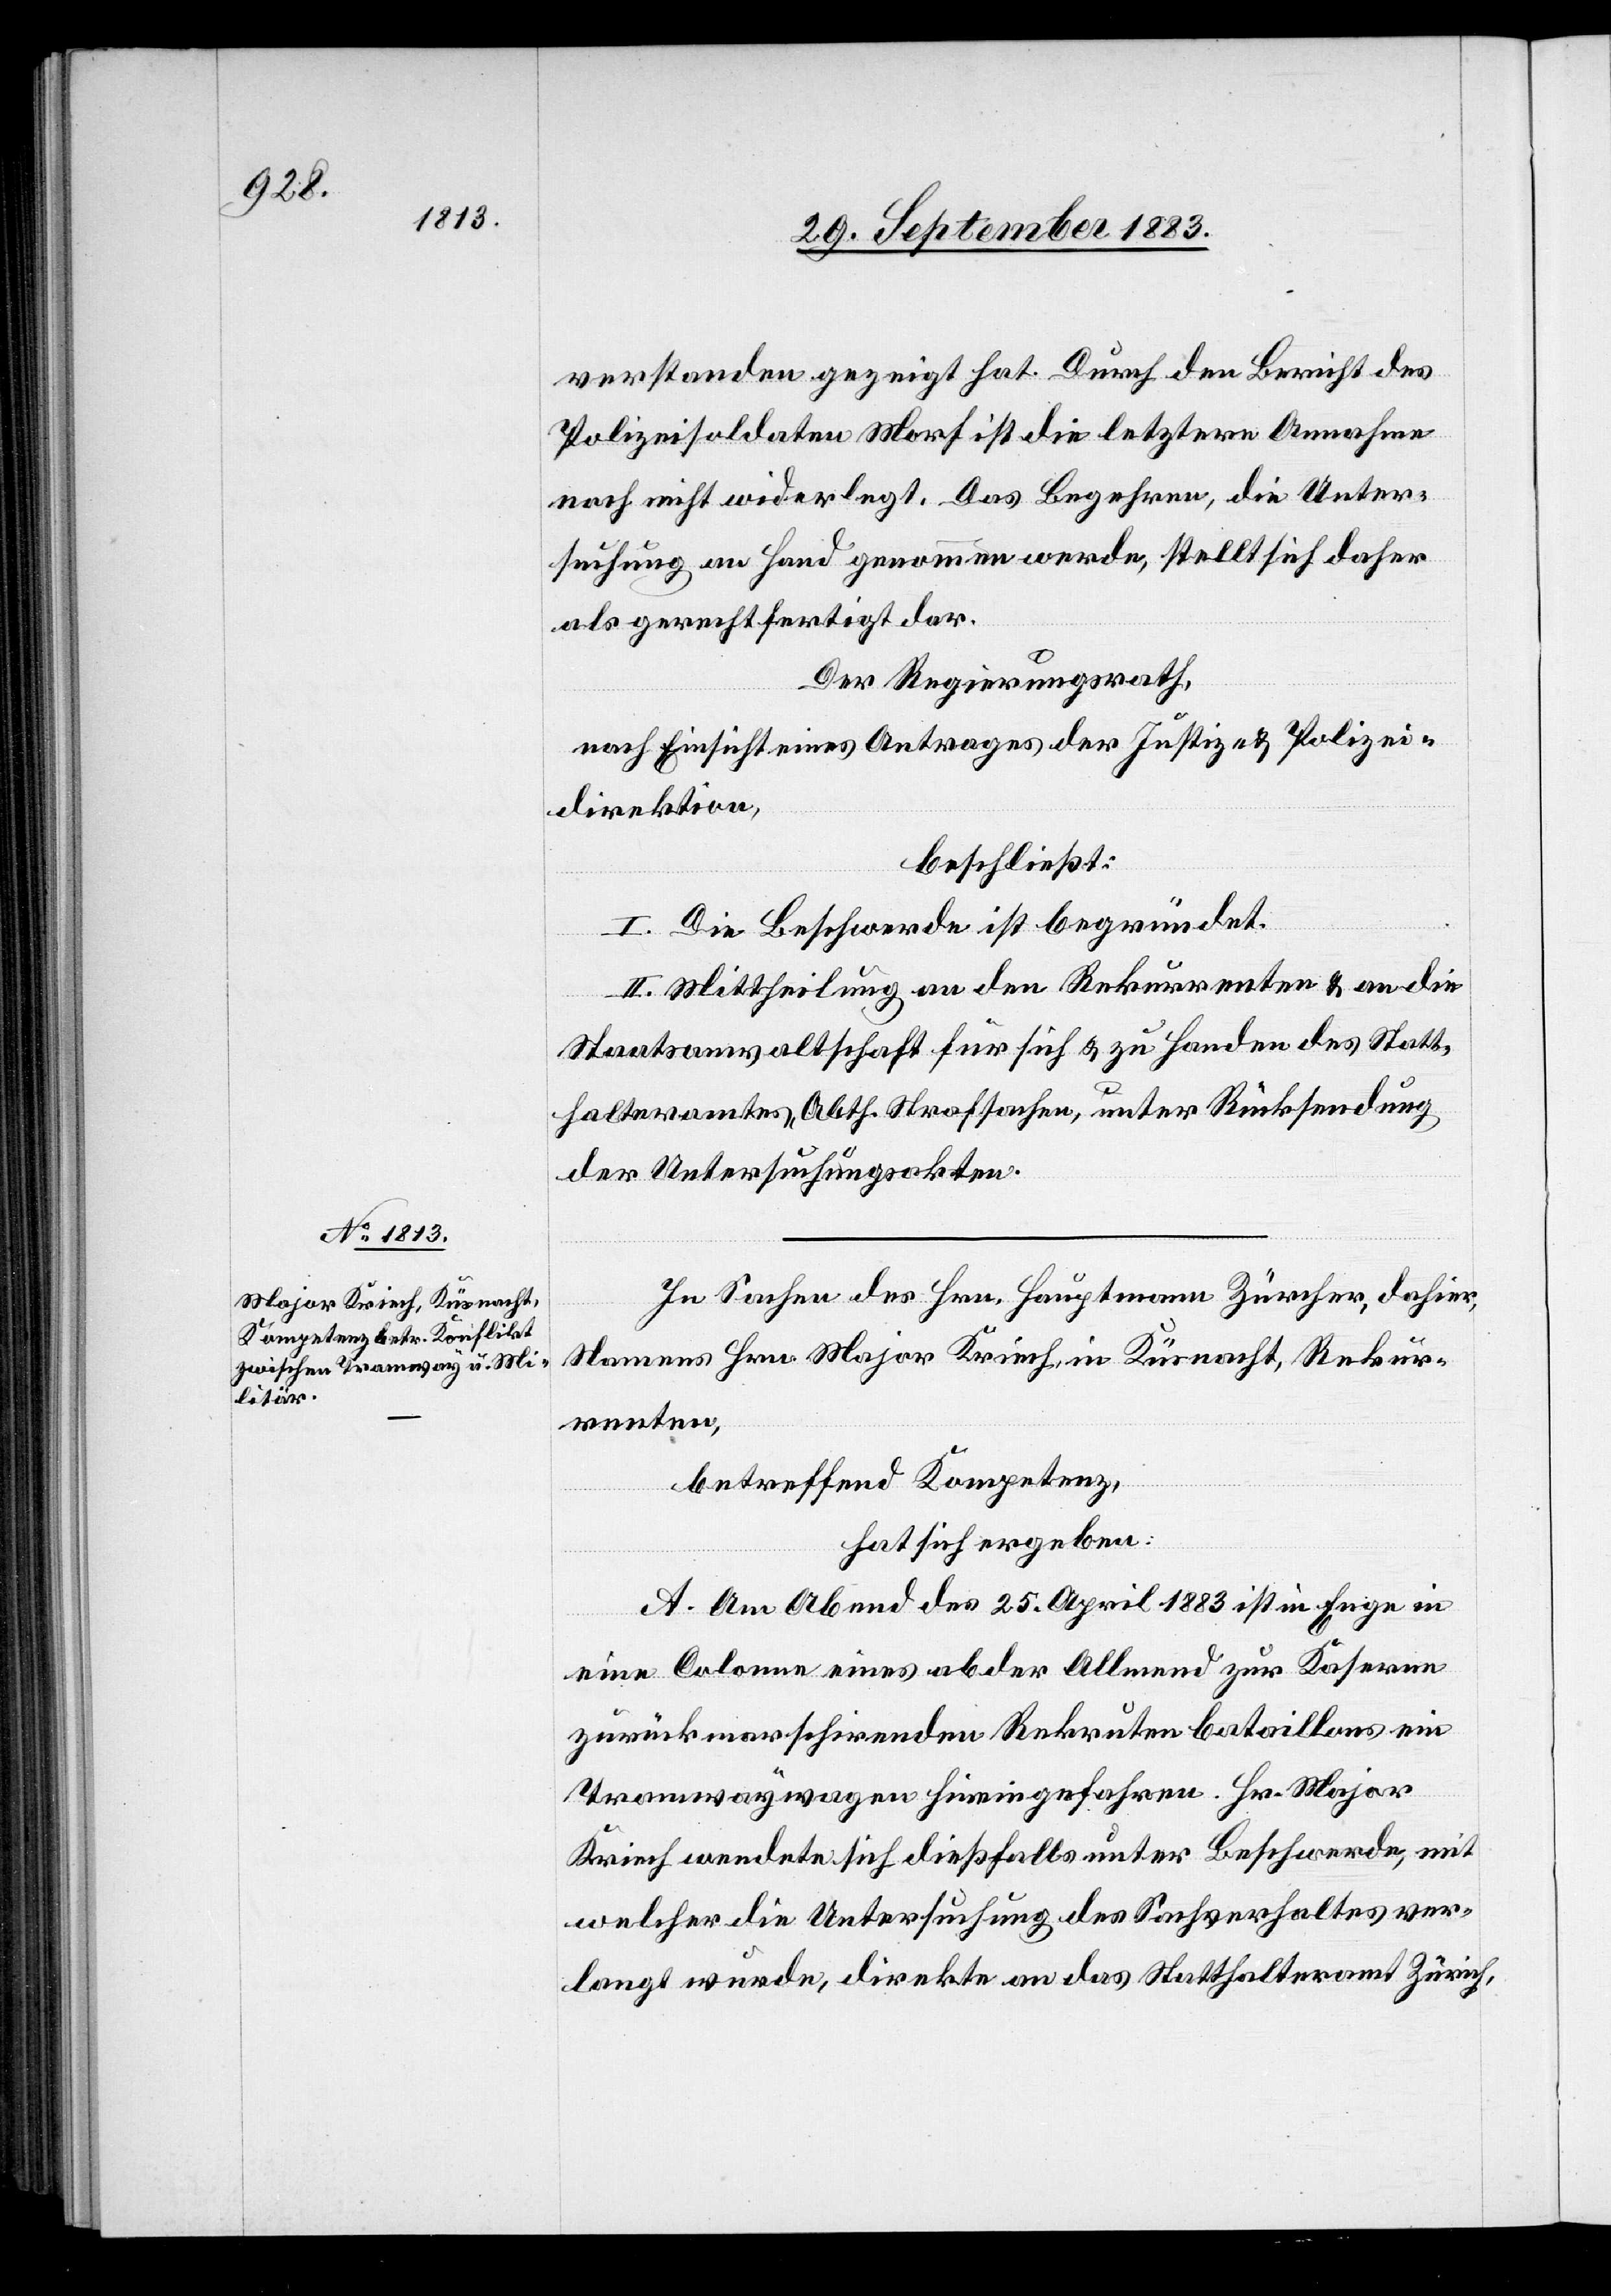
verstanden gezeigt hat. Durch den Bericht des
Polizeisoldaten Morf ist die letztere Annahme
noch nicht widerlegt. Das Begehren, [daß] die Unter¬
suchung an Hand genommen werde, stellt sich daher
als gerechtfertigt dar.
Der Regierungsrath,
nach Einsicht eines Antrages der Justiz- & Polizei¬
direktion,
beschließt:
I. Die Beschwerde ist begründet.
II. Mittheilung an den Rekurrenten & an die
Staatsanwaltschaft für sich & zu Handen des Statt¬
halteramtes, Abth. Strafsachen, unter Rücksendung
der Untersuchungsakten.
In Sachen des Hrn. Hauptmann Zürcher, dahier,
Namens des Hrn. Major Kriech, in Küsnacht, Rekur¬
renten,
betreffend Kompetenz,
hat sich ergeben:
A. Am Abend des 25. April 1883 ist in Enge in
eine Colonne eines ab der Allmend zur Kaserne
zurückmarschirenden Rekrutenbataillons ein
Tramwaywagen hineingefahren. Hr. Major
Kriech wendete sich dießfalls unter Beschwerde, mit
welcher die Untersuchung des Sachverhaltes ver¬
langt wurde, direkte an das Statthalteramt Zürich,